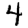
Digit: 4